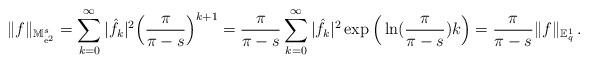
LaTeX: \begin{align*} \|f\|_{\mathbb{M}^s_{\mathrm{e}^2}} = \sum _{k=0}^\infty |\hat{f}_k|^2 \Big(\frac{\pi}{\pi - s}\Big)^{k+1} = \frac{\pi}{\pi - s} \sum _{k=0}^\infty |\hat{f}_k|^2 \exp \Big( \ln (\frac{\pi}{\pi - s} ) k \Big) = \frac{\pi}{\pi - s} \|f\|_{\mathbb{E}^1_q} \, . \end{align*}